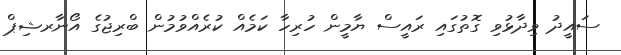
ސައީދު ވިދާޅުވި ގޮތުގައި ރައީސް ޔާމީން ހުރިހާ ކަމެއް ކުރެއްވުމުން ބްރިޖުގެ އޯނާރޝިޕް